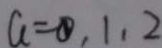
a = \theta , 1 , 2